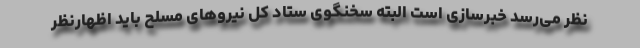
نظر می‌رسد خبرسازی است البته سخنگوی ستاد کل نیروهای مسلح باید اظهارنظر